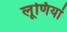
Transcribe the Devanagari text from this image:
लूणियां